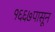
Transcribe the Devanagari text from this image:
१६६७पासून